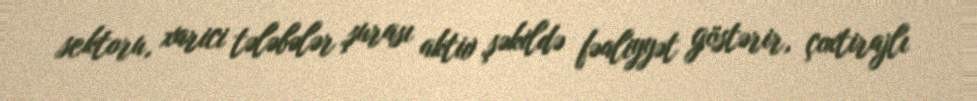
sektoru, xarici tələbələr şurası aktiv şəkildə fəaliyyət göstərir, çoxtirajlı